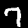
Digit: 7